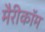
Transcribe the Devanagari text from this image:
मैरीकॉम